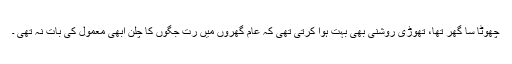
چھوٹا سا گھر تھا، تھوڑی روشنی بھی بہت ہوا کرتی تھی کہ عام گھروں میں رت جگوں کا چلن ابھی معمول کی بات نہ تھی ۔